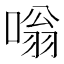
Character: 嗡